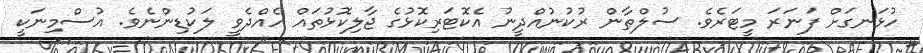
ހުޅަނގަށް ފަނަރަ މީޓަރެވެ. ސުލްޠާން ރުކުނުއްދީނު އެކޮޓަރިކޮޅުގެ ޖާލިކޮޅުތައް ހެއްދެވީ ލަކުޑިންނެވެ. އުސްމިނަކީ